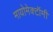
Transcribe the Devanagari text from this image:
मायोमेक्टॉमी